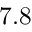
7 . 8